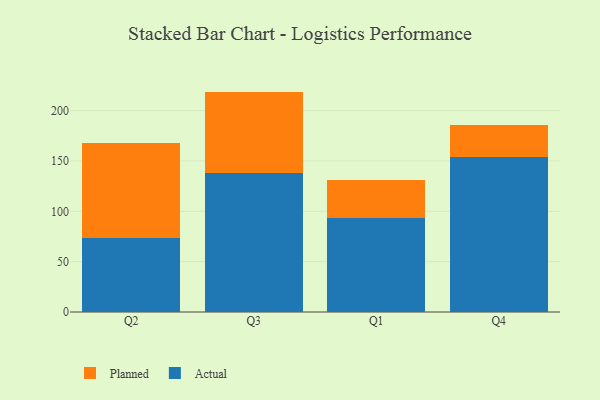
{"axis": {"x": "Quarter", "y": "Bounce Rate (%)"}, "legend": ["Actual", "Planned"], "data": [{"x": "Q2", "y": 73.3, "type": "Actual"}, {"x": "Q2", "y": 94.3, "type": "Planned"}, {"x": "Q3", "y": 138.3, "type": "Actual"}, {"x": "Q3", "y": 80.6, "type": "Planned"}, {"x": "Q1", "y": 92.9, "type": "Actual"}, {"x": "Q1", "y": 38.2, "type": "Planned"}, {"x": "Q4", "y": 153.7, "type": "Actual"}, {"x": "Q4", "y": 31.8, "type": "Planned"}]}